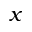
x